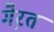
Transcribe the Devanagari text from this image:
गै़रत